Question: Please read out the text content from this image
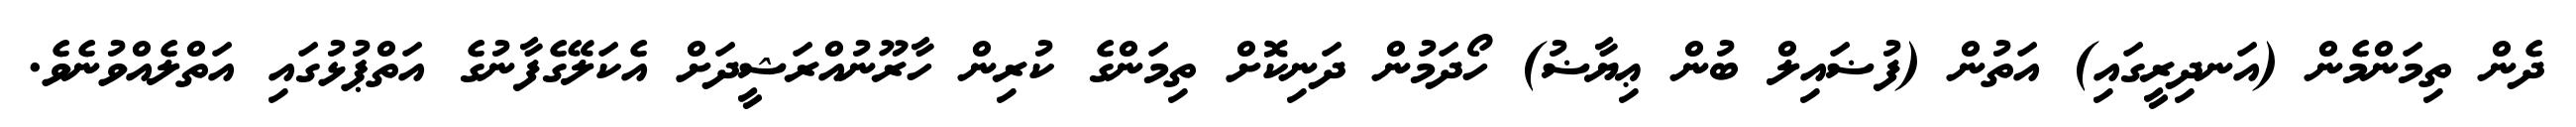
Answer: ދެން ތިމަންމެން (އަނދިރީގައި) އަތުން (ފުޟައިލް ބުން ޢިޔާޟު) ހޯދަމުން ދަނިކޮށް ތިމަންގެ ކުރިން ހާރޫނުއްރަޝީދަށް އެކަލޭގެފާނުގެ އަތްޕުޅުގައި އަތްލެއްވުނެވެ.